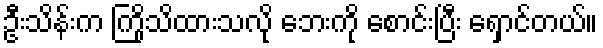
ဦးသိန်းက ကြိုသိထားသလို ဘေးကို စောင်းပြီး ရှောင်တယ်။